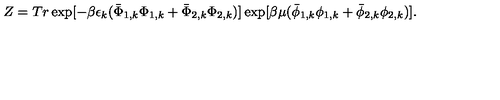
Z = T r \exp [ - \beta \epsilon _ { k } ( \bar { \Phi } _ { 1 , k } \Phi _ { 1 , k } + \bar { \Phi } _ { 2 , k } \Phi _ { 2 , k } ) ] \exp [ \beta \mu ( \bar { \phi } _ { 1 , k } \phi _ { 1 , k } + \bar { \phi } _ { 2 , k } \phi _ { 2 , k } ) ] .